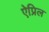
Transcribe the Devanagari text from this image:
ऐप्रिल